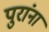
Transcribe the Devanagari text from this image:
पुरांना